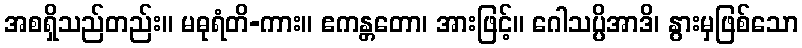
အစရှိသည်တည်း။ မဓုရံတိ-ကား။ ဧကန္တတော၊ အားဖြင့်။ ဂေါသပ္ပိအာဒိ၊ နွားမှဖြစ်သော